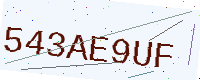
Text: 543AE9UF